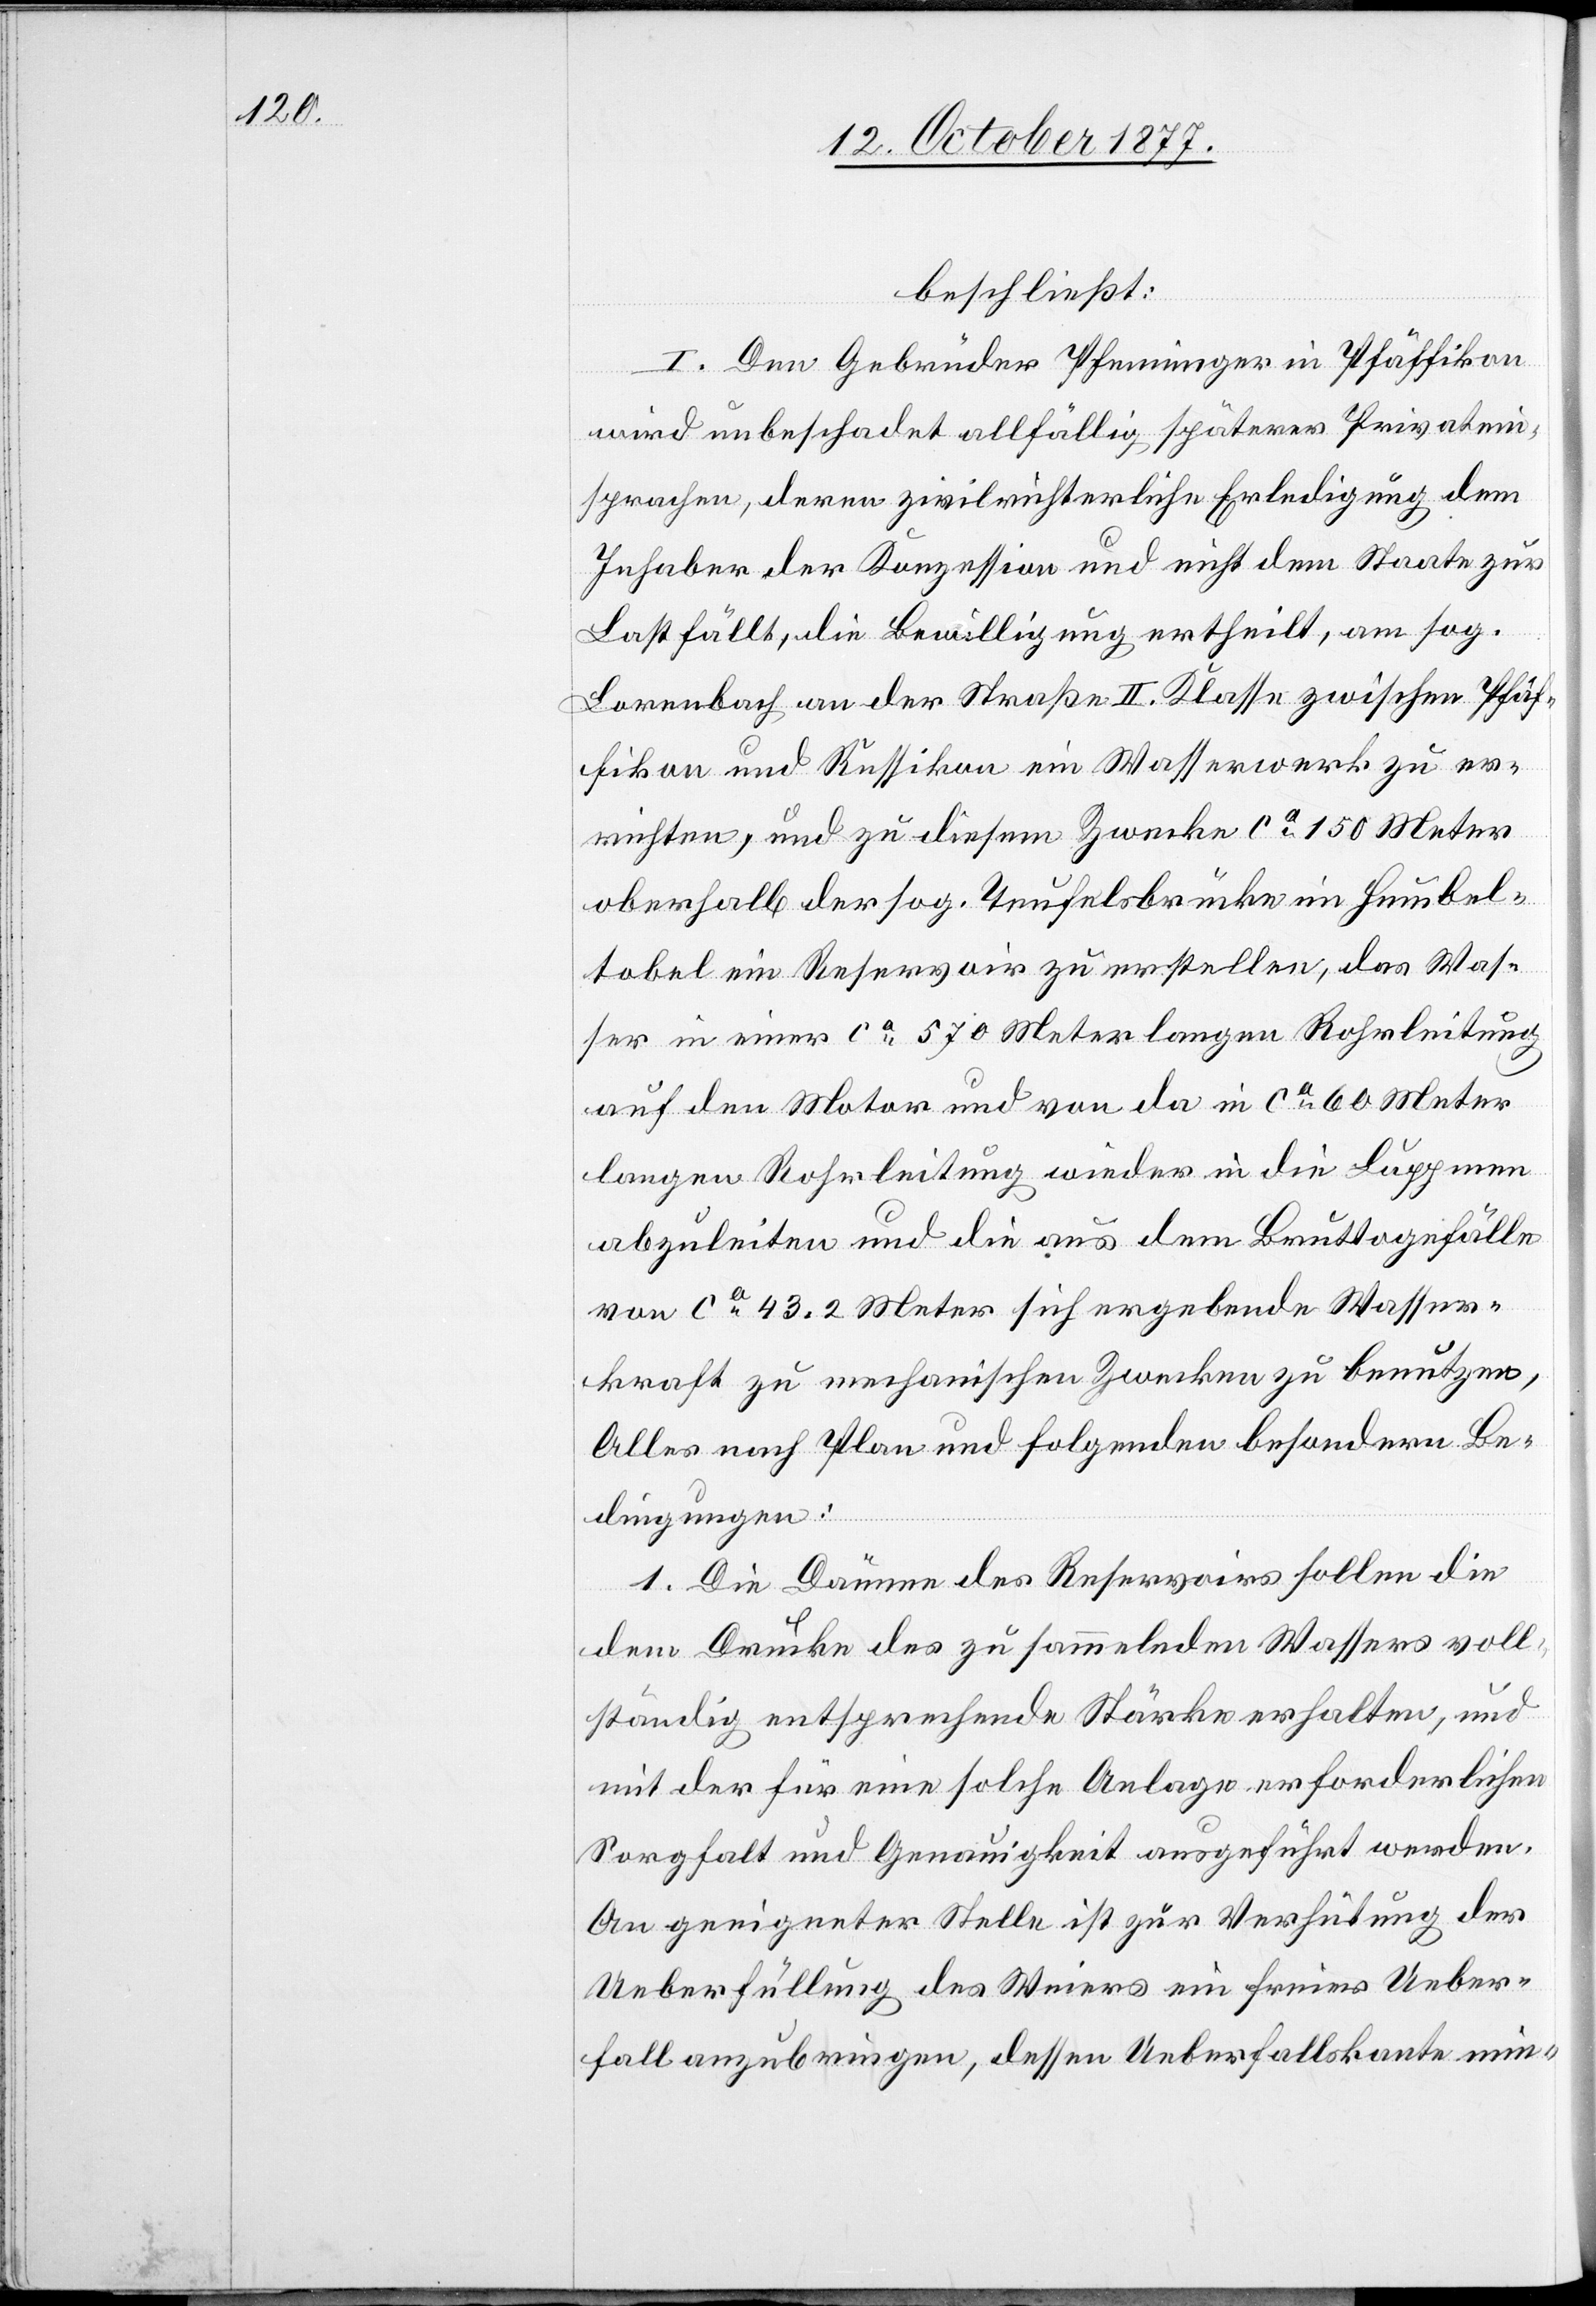
beschließt:
I. Den Gebrüder Pfenninger in Pfäffikon
wird unbeschadet allfällig späterer Privatein¬
sprachen, deren zivilrichterliche Erledigung dem
Inhaber der Konzession und nicht dem Staate zur
Last fällt, die Bewilligung ertheilt, am sog.
Lorenbach an der Straße II. Klasse zwischen Pfäf¬
fikon und Russikon ein Wasserwerk zu er¬
richten, und zu diesem Zwecke ca 150 Meter
oberhalb der sog. Teufelsbrücke im Humbel¬
tobel ein Reservoir zu erstellen, das Was¬
ser in einer ca 570 Meter langen Rohrleitung
auf den Motor und von da in [einer] ca 60 Meter
langen Rohrleitung wieder in die Luppmen
abzuleiten und die aus dem Bruttogefälle
von ca 43.2 Meter sich ergebende Wasser¬
kraft zu mechanischen Zwecken zu benutzen,
Alles nach Plan und folgenden besondern Be¬
dingungen:
1. Die Dämme des Reservoirs sollen die
dem Drucke des zu sammelnden Wassers voll¬
ständig entsprechende Stärke erhalten, und
mit der für eine solche Anlage erforderlichen
Sorgfalt und Genauigkeit ausgeführt werden.
An geeigneter Stelle ist zur Verhütung der
Ueberfüllung des Weiers ein freier Ueber¬
fall anzubringen, dessen Ueberfallskante min-